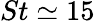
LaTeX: St\simeq 15